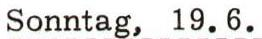
Sonntag, 19.6.